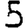
Digit: 5